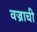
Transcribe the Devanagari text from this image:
वज्राची